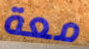
معة